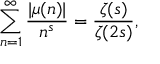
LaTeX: \sum _ { n = 1 } ^ { \infty } { \frac { | \mu ( n ) | } { n ^ { s } } } = { \frac { \zeta ( s ) } { \zeta ( 2 s ) } } ,